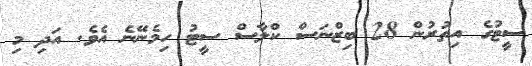
ސީޓުގެ އިތުރުން 28 ބިޒްނަސް ކްލާސް ސީޓު ހިމެނޭނެ އެވެ. އަދި މި